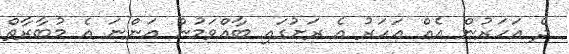
ދެ އަހަރުން އެއް އަހަރު އެ ރަށުގައި ބާއްވަމުން އަންނަ އެ މުބާރާތް